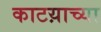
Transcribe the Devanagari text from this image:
काटय़ाच्या